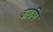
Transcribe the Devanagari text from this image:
वाणणि